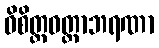
ဝိစိတ္တဝတ္ထာဘရဏာ